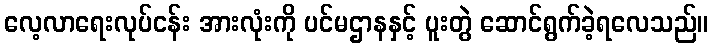
လေ့လာရေးလုပ်ငန်း အားလုံးကို ပင်မဌာနနှင့် ပူးတွဲ ဆောင်ရွက်ခဲ့ရလေသည်။